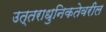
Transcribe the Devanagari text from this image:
उत्तराधुनिकतेवरील